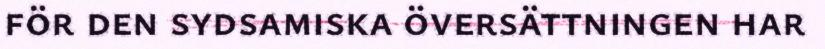
för den sydsamiska översättningen har